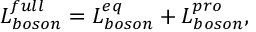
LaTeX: { \cal L } _ { b o s o n } ^ { f u l l } = { \cal L } _ { b o s o n } ^ { e q } + { \cal L } _ { b o s o n } ^ { p r o } ,